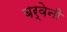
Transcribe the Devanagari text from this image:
बर्वेनी